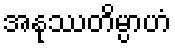
အနုဿတိမ္ပာဟံ